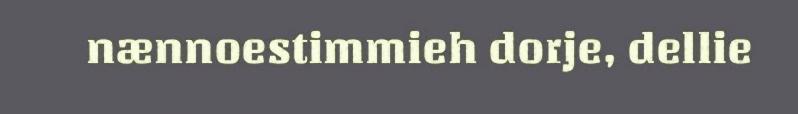
nænnoestimmieh dorje, dellie